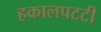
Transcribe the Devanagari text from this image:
हकालपटटी